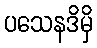
ပသေနဒိမှိ